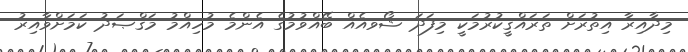
މިދާއިރާ އިތުރަށް ތަރައްޤީކުރުމަކީ މިފަދަ ޝޯވއެއް ބޭއްވުމުގެ އެންމެ މުހިއްމު މަޤްޞަދު ކަމަށްވާއިރު